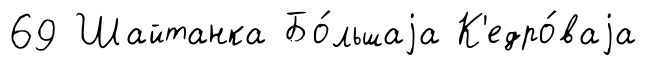
69 Шайтанка Бо́льшаjа К'едро́ваjа